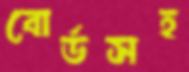
বোর্ডসহ